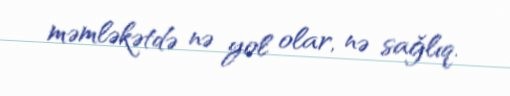
məmləkətdə nə yol olar, nə sağlıq.